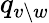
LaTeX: q_{v\setminus w}